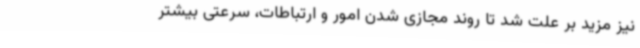
نیز مزید بر علت شد تا روند مجازی شدن امور و ارتباطات، سرعتی بیشتر